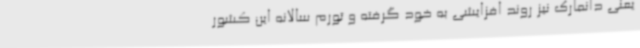
یعنی دانمارک نیز روند افزایشی به خود گرفته و تورم سالانه این کشور